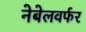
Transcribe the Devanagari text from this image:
नेबेलवर्फर